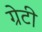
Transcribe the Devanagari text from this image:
ग्रेटी